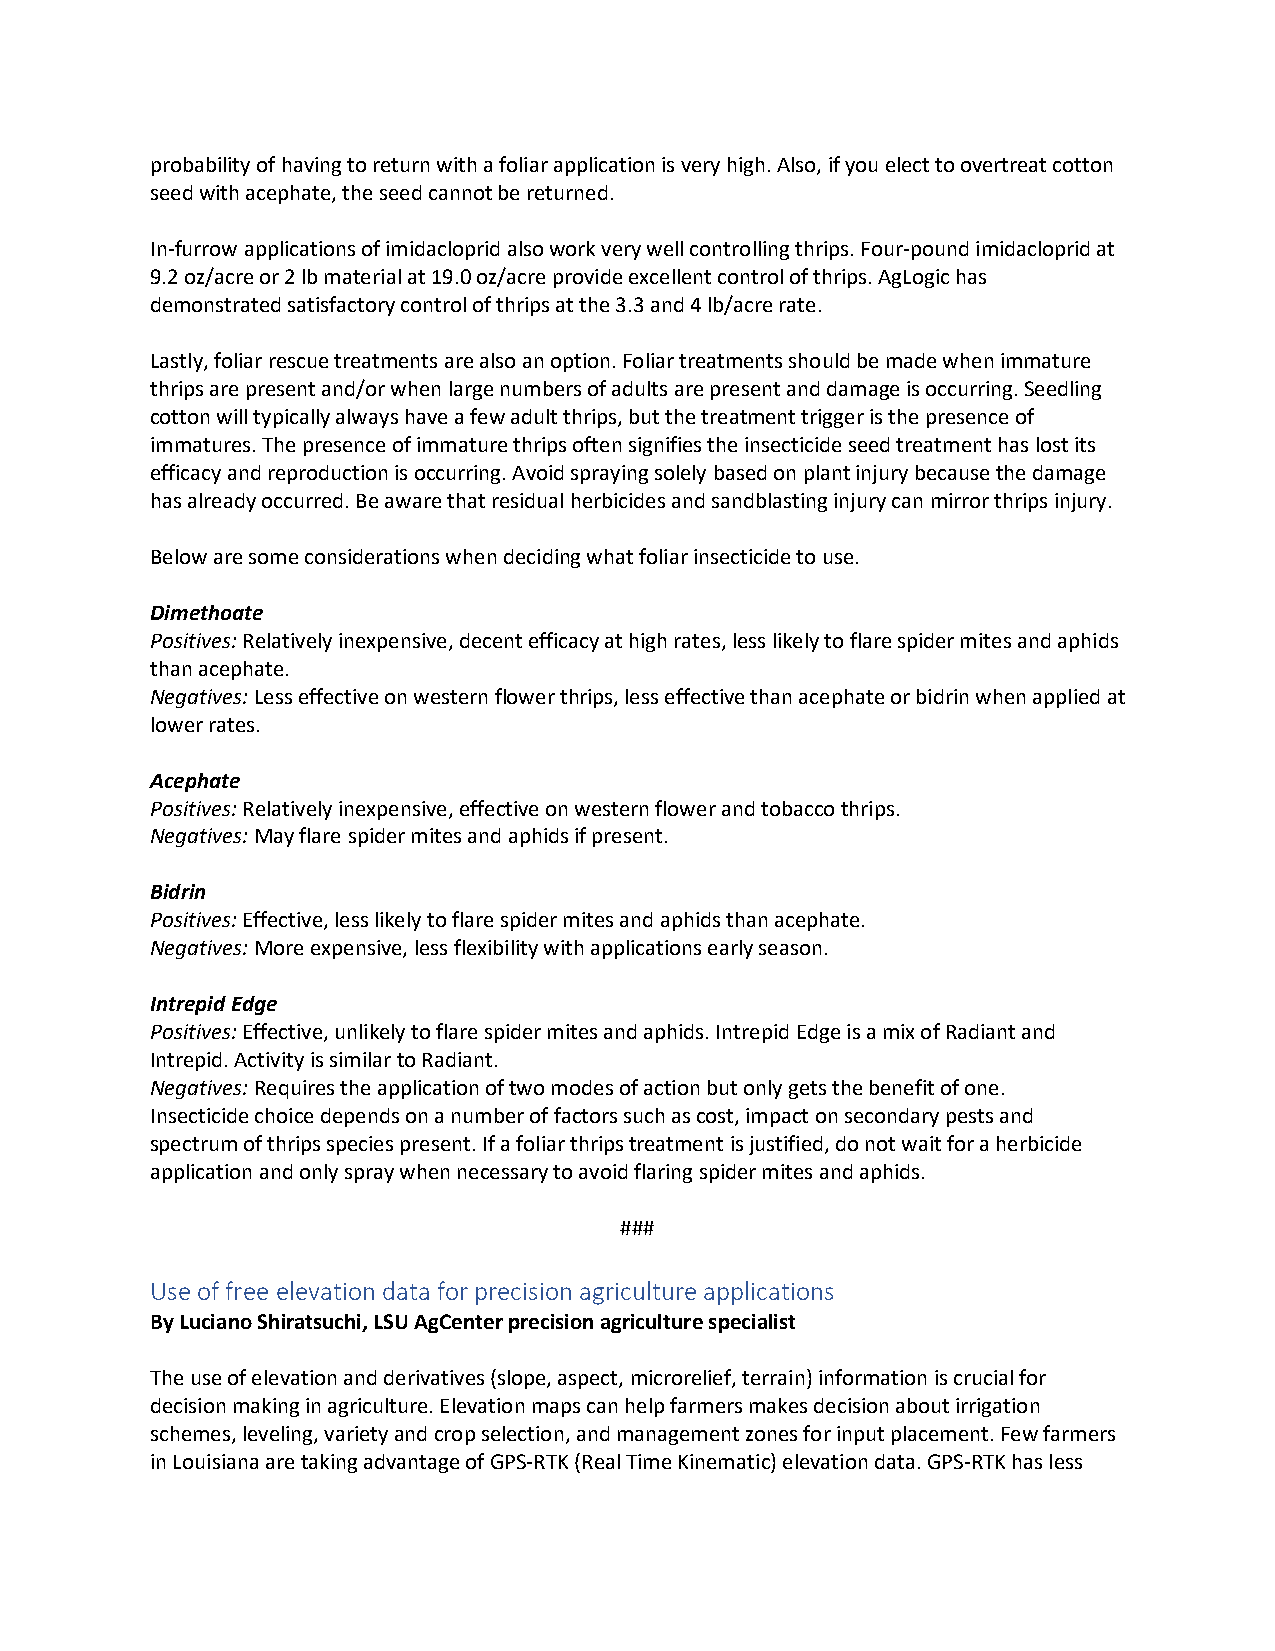
probability of having to return with a foliar application is very high. Also, if you elect to overtreat cotton
 seed with acephate, the seed cannot be returned.
 In-furrow applications of imidacloprid also work very well controlling thrips. Four-pound imidacloprid at
 9.2 oz/acre or 2 lb material at 19.0 oz/acre provide excellent control of thrips. AgLogic has
 demonstrated satisfactory control of thrips at the 3.3 and 4 lb/acre rate.
 Lastly, foliar rescue treatments are also an option. Foliar treatments should be made when immature
 thrips are present and/or when large numbers of adults are present and damage is occurring. Seedling
 cotton will typically always have a few adult thrips, but the treatment trigger is the presence of
 immatures. The presence of immature thrips often signifies the insecticide seed treatment has lost its
 efficacy and reproduction is occurring. Avoid spraying solely based on plant injury because the damage
 has already occurred. Be aware that residual herbicides and sandblasting injury can mirror thrips injury.
 Below are some considerations when deciding what foliar insecticide to use.
 Dimethoate
 Positives: Relatively inexpensive, decent efficacy at high rates, less likely to flare spider mites and aphids
 than acephate.
 Negatives: Less effective on western flower thrips, less effective than acephate or bidrin when applied at
 lower rates.
 Acephate
 Positives: Relatively inexpensive, effective on western flower and tobacco thrips.
 Negatives: May flare spider mites and aphids if present.
 Bidrin
 Positives: Effective, less likely to flare spider mites and aphids than acephate.
 Negatives: More expensive, less flexibility with applications early season.
 Intrepid Edge
 Positives: Effective, unlikely to flare spider mites and aphids. Intrepid Edge is a mix of Radiant and
 Intrepid. Activity is similar to Radiant.
 Negatives: Requires the application of two modes of action but only gets the benefit of one.
 Insecticide choice depends on a number of factors such as cost, impact on secondary pests and
 spectrum of thrips species present. If a foliar thrips treatment is justified, do not wait for a herbicide
 application and only spray when necessary to avoid flaring spider mites and aphids.
 ###
 Use of free elevation data for precision agriculture applications
 By Luciano Shiratsuchi, LSU AgCenter precision agriculture specialist
 The use of elevation and derivatives (slope, aspect, microrelief, terrain) information is crucial for
 decision making in agriculture. Elevation maps can help farmers makes decision about irrigation
 schemes, leveling, variety and crop selection, and management zones for input placement. Few farmers
 in Louisiana are taking advantage of GPS-RTK (Real Time Kinematic) elevation data. GPS-RTK has less